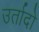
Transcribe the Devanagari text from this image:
उर्तादो